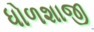
ધોળશાજી